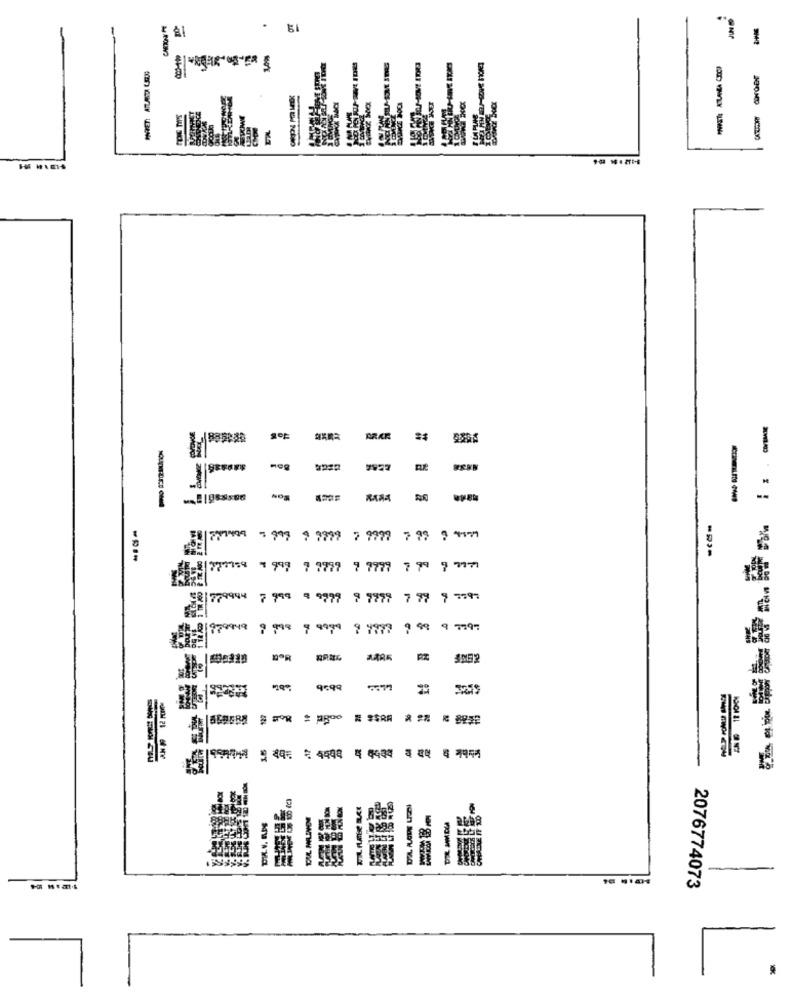
.
---
ARKE
--
Sos
--
58/20099 = 999 9 9999 7 9999 7 99 9 9199
58/779984 7 999 9 9979 9 9999 7 99 9 139:
1-21979949
9 999 9 9999 9 7879 9 99 9 7799
--
9599
LLLL
======
2076774073